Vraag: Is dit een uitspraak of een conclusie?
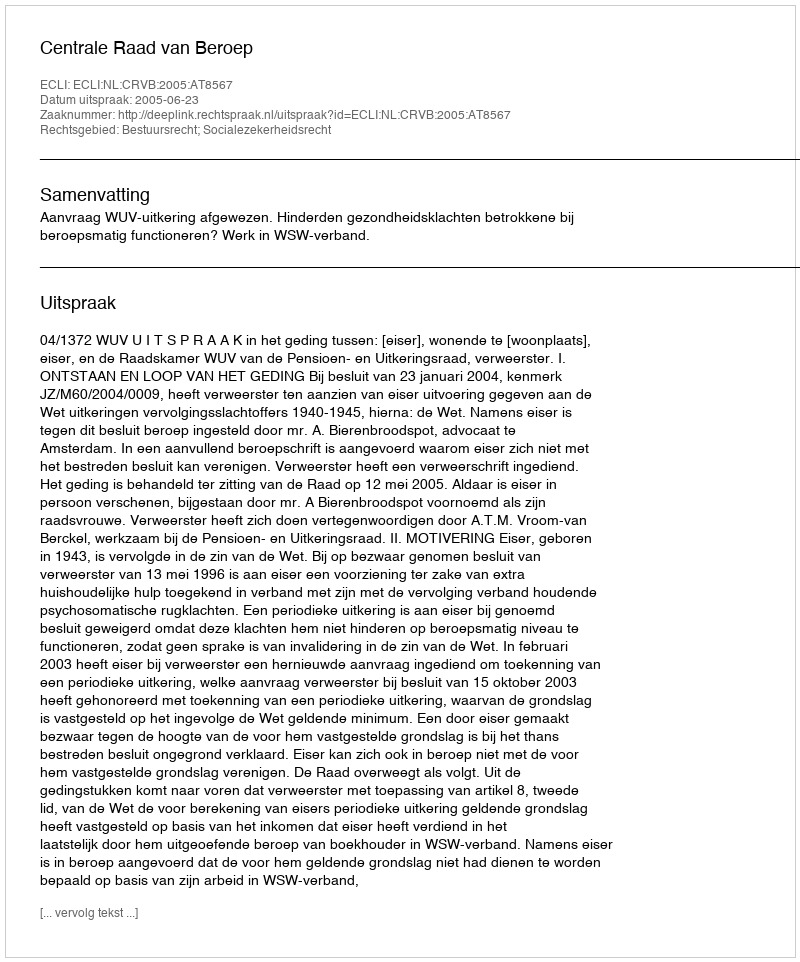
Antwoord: Uitspraak